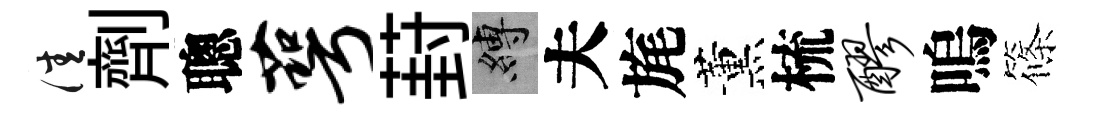
佳劑聰萼葑縛夫旄薰梳醪嗚篠